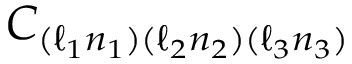
C _ { ( \ell _ { 1 } n _ { 1 } ) ( \ell _ { 2 } n _ { 2 } ) ( \ell _ { 3 } n _ { 3 } ) }